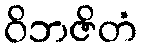
ဝိဘဇိတံ